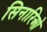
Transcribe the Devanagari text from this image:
सिनारिओ